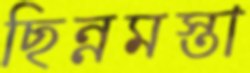
ছিন্নমস্তা